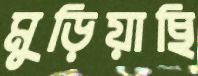
মুড়িয়াছি